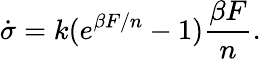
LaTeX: \dot{\sigma}=k(e^{\beta F/n}-1)\frac{\beta F}{n}.